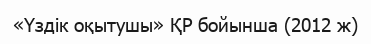
«Үздік оқытушы» ҚР бойынша (2012 ж)